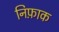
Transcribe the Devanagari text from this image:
निफ़ाक